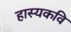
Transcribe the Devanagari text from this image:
हास्यकवि